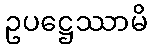
ဥပဋ္ဌေဿာမိ